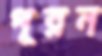
পূরন